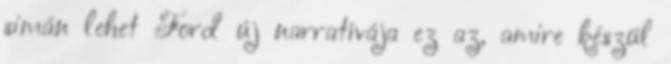
simán lehet Ford új narratívája ez az, amire készül